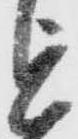
を